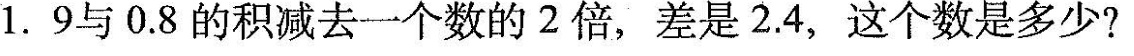
1.9与0.8的积减去一个数的2倍，差是2.4，这个数是多少?